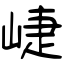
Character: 崨